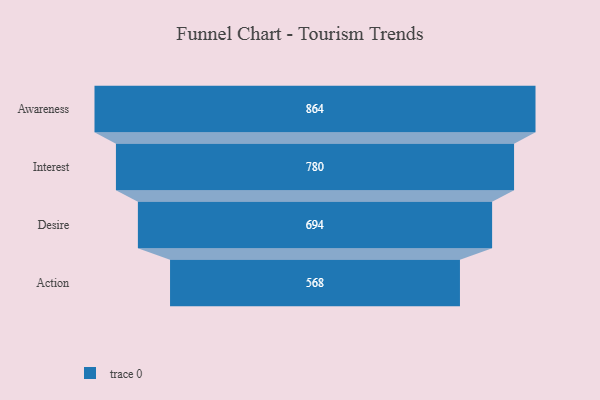
{"axis": {"x": "Stage", "y": "Value"}, "legend": [""], "data": [{"x": "Awareness", "y": 864.0, "type": ""}, {"x": "Interest", "y": 780.0, "type": ""}, {"x": "Desire", "y": 694.0, "type": ""}, {"x": "Action", "y": 568.0, "type": ""}]}